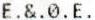
E.&.0.E.